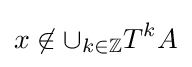
x\not \in \cup _{k\in \mathbb {Z} }T^{k}A